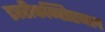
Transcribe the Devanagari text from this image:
इररीकन्सिएबल